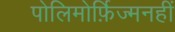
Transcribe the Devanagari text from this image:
पोलिमोर्फ़िज्मनहीं